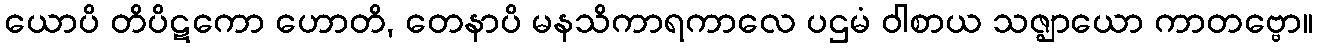
ယောပိ တိပိဋကော ဟောတိ, တေနာပိ မနသိကာရကာလေ ပဌမံ ဝါစာယ သဇ္ဈာယော ကာတဗ္ဗော။